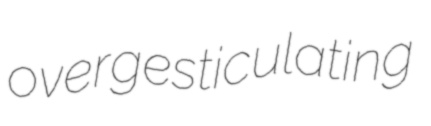
overgesticulating